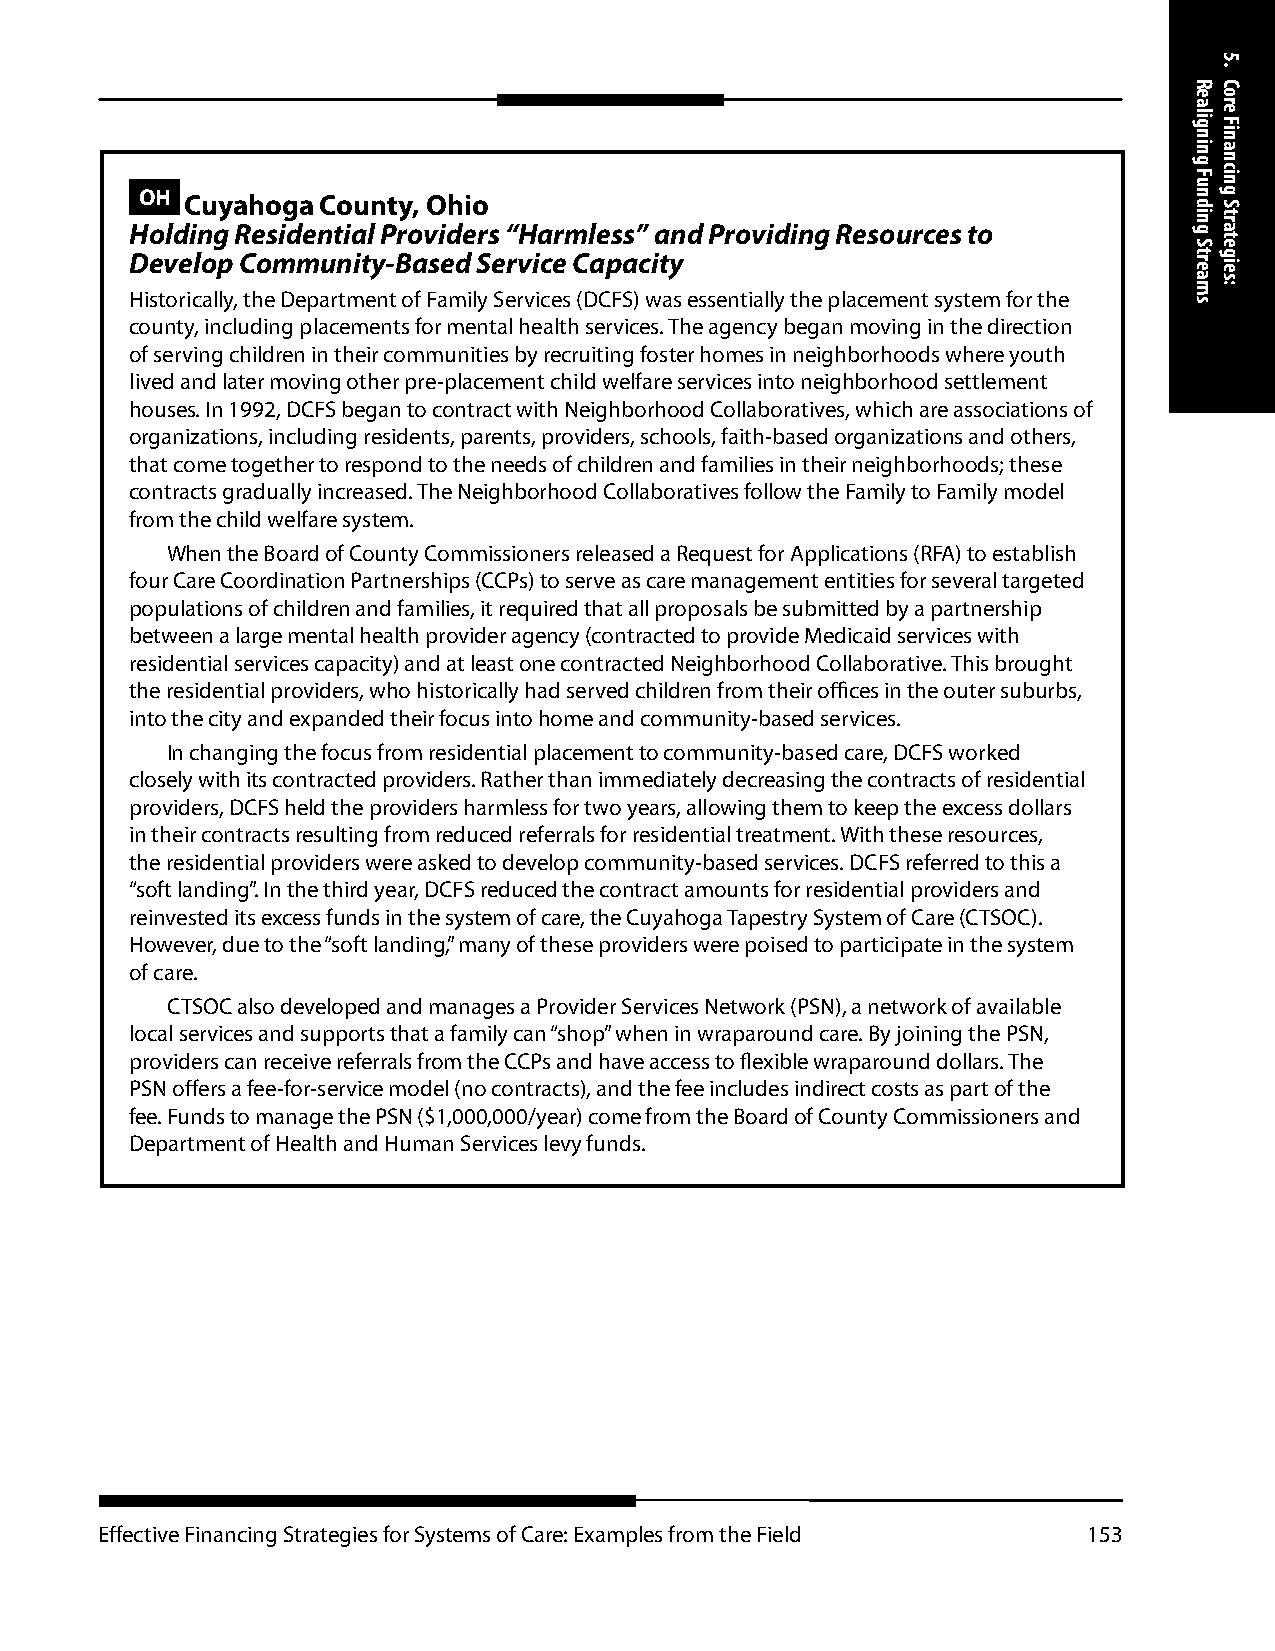
OH Cuyahoga County, Ohio
 Holding Residential Providers “Harmless” and Providing Resources to
 Develop Community-Based Service Capacity
 Historically, the Department of Family Services (DCFS) was essentially the placement system for the
 county, including placements for mental health services. The agency began moving in the direction
 of serving children in their communities by recruiting foster homes in neighborhoods where youth
 lived and later moving other pre-placement child welfare services into neighborhood settlement
 houses. In 1992, DCFS began to contract with Neighborhood Collaboratives, which are associations of
 organizations, including residents, parents, providers, schools, faith-based organizations and others,
 that come together to respond to the needs of children and families in their neighborhoods; these
 contracts gradually increased. The Neighborhood Collaboratives follow the Family to Family model
 from the child welfare system.
 When the Board of County Commissioners released a Request for Applications (RFA) to establish
 four Care Coordination Partnerships (CCPs) to serve as care management entities for several targeted
 populations of children and families, it required that all proposals be submitted by a partnership
 between a large mental health provider agency (contracted to provide Medicaid services with
 residential services capacity) and at least one contracted Neighborhood Collaborative. This brought
 the residential providers, who historically had served children from their offices in the outer suburbs,
 into the city and expanded their focus into home and community-based services.
 In changing the focus from residential placement to community-based care, DCFS worked
 closely with its contracted providers. Rather than immediately decreasing the contracts of residential
 providers, DCFS held the providers harmless for two years, allowing them to keep the excess dollars
 in their contracts resulting from reduced referrals for residential treatment. With these resources,
 the residential providers were asked to develop community-based services. DCFS referred to this a
 “soft landing”. In the third year, DCFS reduced the contract amounts for residential providers and
 reinvested its excess funds in the system of care, the Cuyahoga Tapestry System of Care (CTSOC).
 However, due to the “soft landing,” many of these providers were poised to participate in the system
 of care.
 CTSOC also developed and manages a Provider Services Network (PSN), a network of available
 local services and supports that a family can “shop” when in wraparound care. By joining the PSN,
 providers can receive referrals from the CCPs and have access to flexible wraparound dollars. The
 PSN offers a fee-for-service model (no contracts), and the fee includes indirect costs as part of the
 fee. Funds to manage the PSN ($1,000,000/year) come from the Board of County Commissioners and
 Department of Health and Human Services levy funds.
 Effective Financing Strategies for Systems of Care: Examples from the Field 153
 Realigning
 Funding
 Streams
 5.
 Core
 Financing
 Strategies: